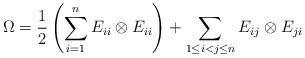
LaTeX: \begin{gather*}\Omega={1 \over 2} \left(\sum_{i=1}^{n} E_{ii} \otimes E_{ii} \right) +\sum_{1 \le i < j \le n} E_{ij} \otimes E_{ji}\end{gather*}